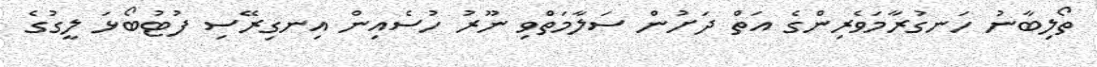
ތޯލިބާނު ހަނގުރާމަވެރިންގެ އަތް ދަށުން ސަލާމަތްވި ނޫރު ހުސެއިން އިނގިރޭސި ފުޓުބޯޅަ ލީގުގެ